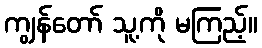
ကျွန်တော် သူ့ကို မကြည့်။